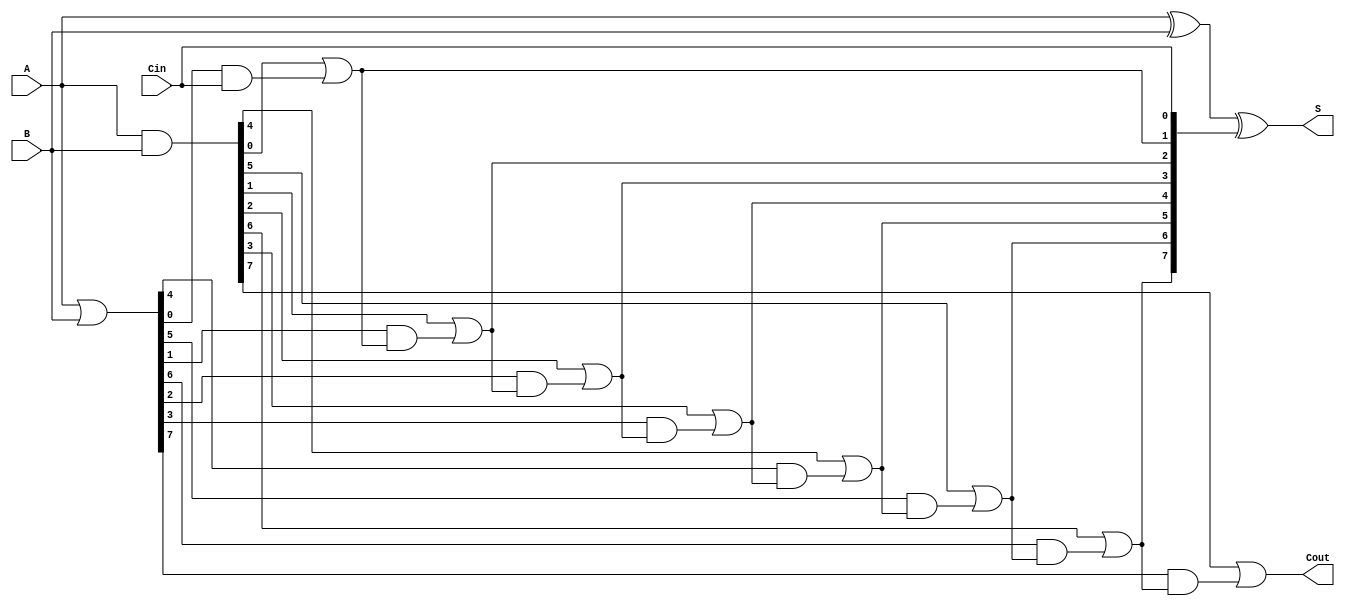
module CarrySelectAdder #(parameter N = 8) (
    input [N-1:0] A,    // First n-bit input
    input [N-1:0] B,    // Second n-bit input
    input Cin,          // Carry-in
    output [N-1:0] S,   // Sum output
    output Cout         // Carry-out
);

    // Generate and Propagate signals
    wire [N-1:0] G, P;
    assign G = A & B;       // Generate
    assign P = A | B;       // Propagate

    // Carry signals
    wire [N:0] C; // C[i] is the carry for bit i
    assign C[0] = Cin; // Initial carry-in

    // Carry generation for segments
    genvar i;
    generate
        for (i = 0; i < N/4; i = i + 1) begin : segment
            wire [3:0] G_seg, P_seg;
            wire C0, C1;

            // Local G and P for the segment
            assign G_seg = G[i*4 +: 4];
            assign P_seg = P[i*4 +: 4];

            // Carry calculations for this segment
            assign C[i*4 + 1] = G_seg[0] | (P_seg[0] & C[i*4]);
            assign C[i*4 + 2] = G_seg[1] | (P_seg[1] & C[i*4 + 1]);
            assign C[i*4 + 3] = G_seg[2] | (P_seg[2] & C[i*4 + 2]);
            assign C[i*4 + 4] = G_seg[3] | (P_seg[3] & C[i*4 + 3]);
        end
    endgenerate

    // Sum calculation
    assign S = A ^ B ^ C[N-1:0]; // S[i] = A[i] ^ B[i] ^ C[i]

    // Final carry-out
    assign Cout = C[N];

endmodule